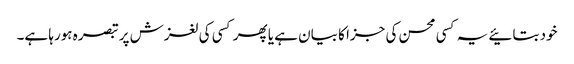
خود بتائیے یہ کسی محسن کی جزا کا بیان ہے یا پھر کسی کی لغزش پر تبصرہ ہورہا ہے۔